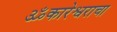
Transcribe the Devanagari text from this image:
ॐकारेश्वराचा